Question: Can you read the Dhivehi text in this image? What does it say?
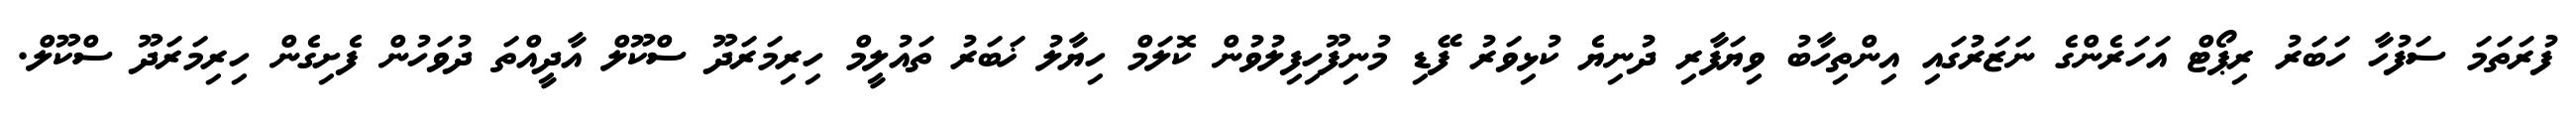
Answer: ފުރަތަމަ ސަފުހާ ހަބަރު ރިޕޯޓް އަހަރެންގެ ނަޒަރުގައި އިންތިހާބު ވިޔަފާރި ދުނިޔެ ކުޅިވަރު ފޭޑި މުނިފޫހިފިލުވުން ކޮލަމް ހިޔާލު ޚަބަރު ތައުލީމް ހިރިމަރަދޫ ސްކޫލް އާދީއްތަ ދުވަހުން ފެށިގެން ހިރިމަރަދޫ ސްކޫލް.